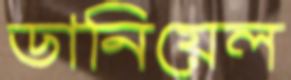
ডানিয়েল